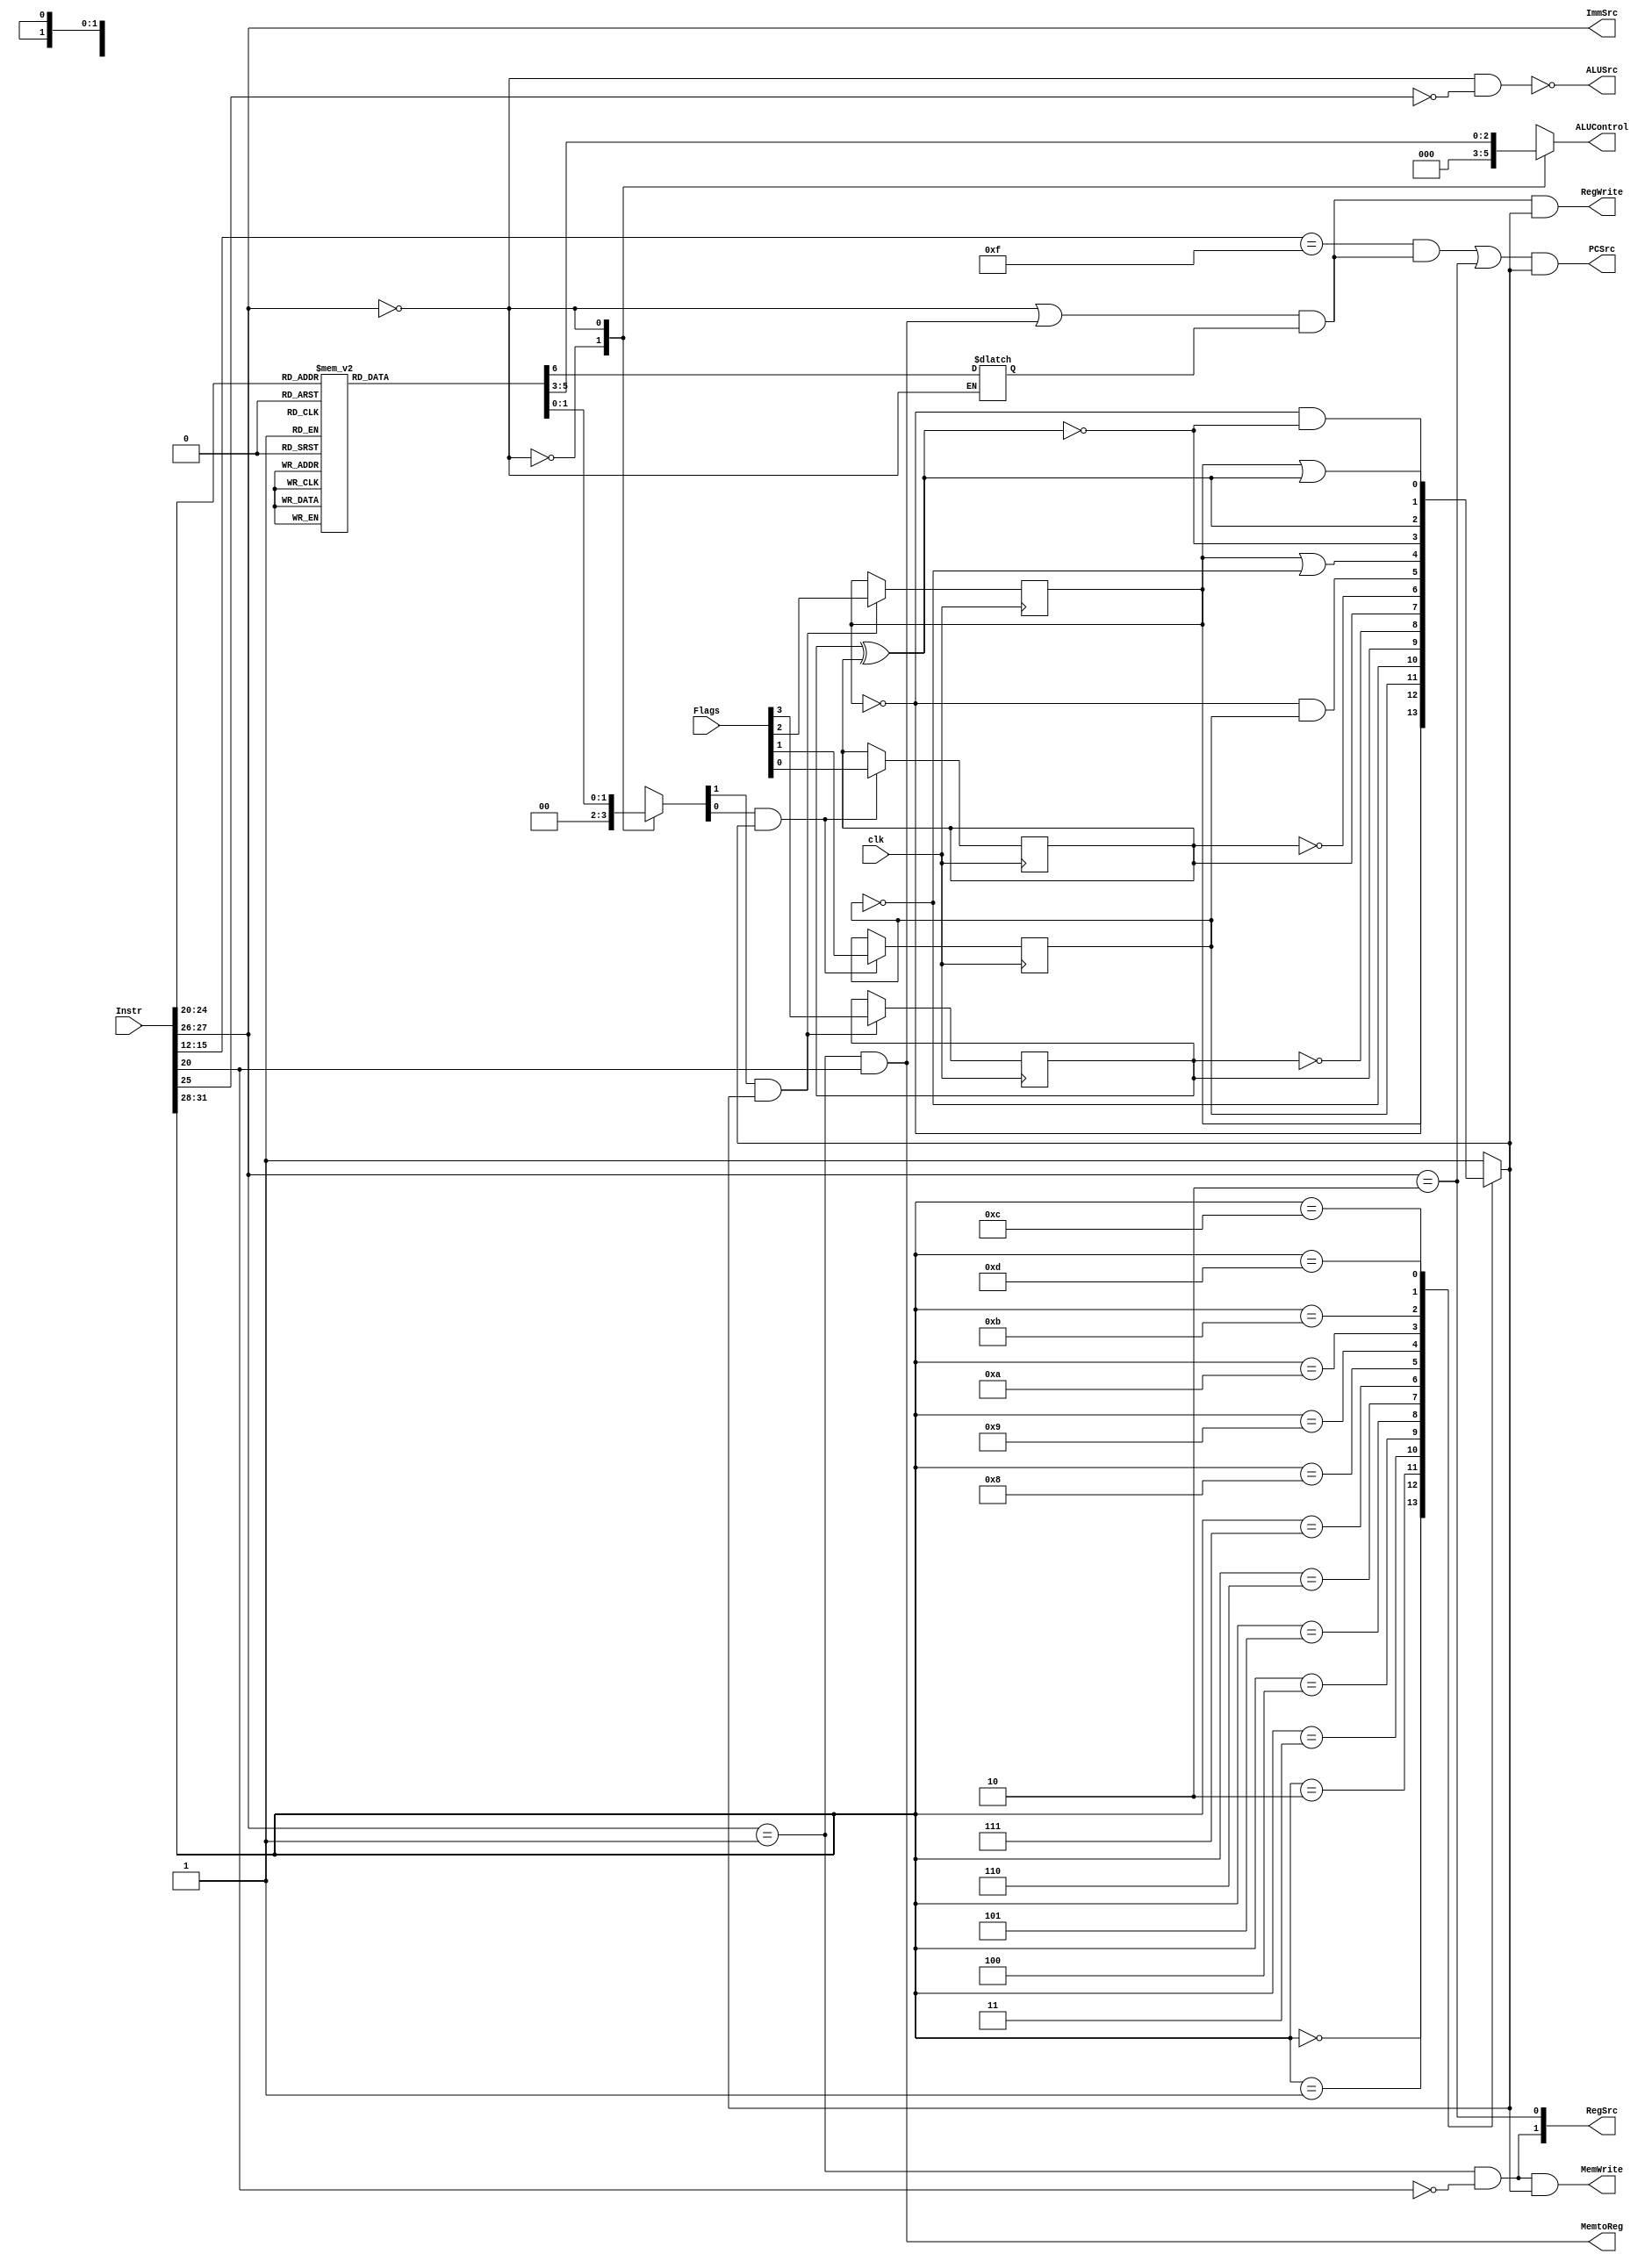
// controlunit.v

module controlunit(PCSrc,MemtoReg,MemWrite,ALUControl,ALUSrc,ImmSrc,RegWrite,RegSrc,
                   Instr,Flags,clk);
  output          PCSrc, MemtoReg, MemWrite,ALUSrc,RegWrite;
  output [1:0]    ImmSrc, RegSrc;
  output [2:0]    ALUControl;
  input  [31:0]   Instr;
  input  [3:0]    Flags;
  input           clk;

  reg             N,Z,C,V,Write;    // For processor storage of status flags
  reg             CondEx;     // Is the condition satisfied for storage
  reg    [2:0]    ALUControl, FlagW;

  // Parsing of Instr into identifiable segments.
  wire   [3:0]    Cond, Rd;
  wire   [1:0]    Op;
  wire   [5:0]    Funct;
  wire            S;

  wire            Branch, MemW, RegW, ALUOp;

  wire            PCS;

  // Provide the internal decoding names of the instruction field bits.
  assign  Cond  = Instr[31:28];
  assign  Op    = Instr[27:26];
  assign  Funct = Instr[25:20];
  assign  Rd    = Instr[15:12];
  assign  S     = Instr[20];


  assign  Branch   = (Op==2'b10);
  assign  MemtoReg = (Op==2'b01)&&(Funct[0]);
  assign  MemW     = (Op==2'b01)&&(!Funct[0]);
  assign  ALUSrc   = !((Op==2'b00)&&(!Funct[5]));
  assign  ImmSrc   = Op;
  assign  RegW     = ((Op==2'b00) || ((Op==2'b01)&&Funct[0])) && Write; //Added write signal so regWrite can only be active for nonCMP instructions
  assign  RegSrc[1]= (Op==2'b01)&&(!Funct[0]);
  assign  RegSrc[0]= (Op==2'b10);
  assign  ALUOp    = (Op==2'b00);

  // The PC Logic block
  assign  PCS = ((Rd==4'd15) && RegW) || Branch;

  always @(ALUOp,Funct,S)
    case(ALUOp)
      1'b0:   {ALUControl,FlagW} = 5'b000_00;
      1'b1:   case({Funct[4:1],S})
                5'b0100_0:  begin {ALUControl,FlagW} = 5'b000_00; Write = 1; end  // ADD
                5'b0100_1:  begin {ALUControl,FlagW} = 5'b000_11; Write = 1; end  // ADDS
                5'b0010_0:  begin {ALUControl,FlagW} = 5'b001_00; Write = 1; end  // SUB
                5'b0010_1:  begin {ALUControl,FlagW} = 5'b001_11; Write = 1; end  // SUBS
                5'b0000_0:  begin {ALUControl,FlagW} = 5'b010_00; Write = 1; end  // AND
                5'b0000_1:  begin {ALUControl,FlagW} = 5'b010_10; Write = 1; end  // ANDS
                5'b1100_0:  begin {ALUControl,FlagW} = 5'b011_00; Write = 1; end  // ORR
                5'b1100_1:  begin {ALUControl,FlagW} = 5'b011_10; Write = 1; end  // ORRS
                5'b1010_1:  begin {ALUControl,FlagW} = 5'b001_11; Write = 0; end  // CMP
                5'b0001_0:  begin ALUControl = 3'b100; FlagW = 2'b00; Write = 1; end  // EOR
                5'b0001_1:  begin ALUControl = 3'b100; FlagW = 2'b10; Write = 1; end  // EORS
                default:    begin {ALUControl,FlagW} = 5'b000_00; Write = 1; end  
              endcase
      default: {ALUControl,FlagW} = 5'b000_00;
    endcase

  // The processor storage of status flags
  always @(posedge clk) begin
    N <= (FlagW[1]&&CondEx) ? Flags[3] : N;
    Z <= (FlagW[1]&&CondEx) ? Flags[2] : Z;
    C <= (FlagW[0]&&CondEx) ? Flags[1] : C;
    V <= (FlagW[0]&&CondEx) ? Flags[0] : V;
  end

  always @(Cond,N,Z,C,V)
    case(Cond)
      4'b0000:    CondEx = Z;                     // EQ
      4'b0001:    CondEx = !Z;                    // NE
      4'b0010:    CondEx = C;                     // CS/HS
      4'b0011:    CondEx = !C;                    // CC/LO
      4'b0100:    CondEx = N;                     // MI
      4'b0101:    CondEx = !N;                    // PL
      4'b0110:    CondEx = V;                     // VS
      4'b0111:    CondEx = !V;                    // VC
      4'b1000:    CondEx = (!Z) && C;             // HI
      4'b1001:    CondEx = Z || (!C);             // LS
      4'b1010:    CondEx = !(N ^ V);              // GE
      4'b1011:    CondEx = N ^ V;                 // LT
      4'b1100:    CondEx = (!Z) && (!(N ^ V));    // GT
      4'b1101:    CondEx = Z || (N ^ V);          // LE
      4'b1110:    CondEx = 1;                     // AL
      default:    CondEx = 1;
    endcase

  // Conditionally controlled updates to PC, Reg, Mem
  assign  PCSrc = PCS && CondEx;
  assign  RegWrite = RegW && CondEx;
  assign  MemWrite = MemW && CondEx;
endmodule